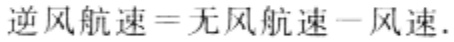
逆风航速=无风航速－风速.